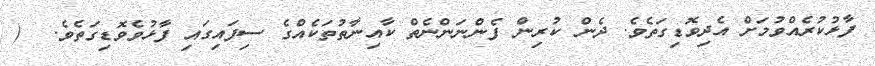
ފާޅުކުރެއްވުމަށް އެދިވޮޑިގަތެވެ. ދެން ކުރިން ފެންނަންނެތް ކާއިނާތުތަކެއްގެ ސިފައިގައި ފާޅުވެވޮޑިގަތެވެ.  (